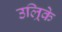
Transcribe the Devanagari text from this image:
उल्रिके